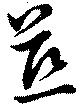
慈